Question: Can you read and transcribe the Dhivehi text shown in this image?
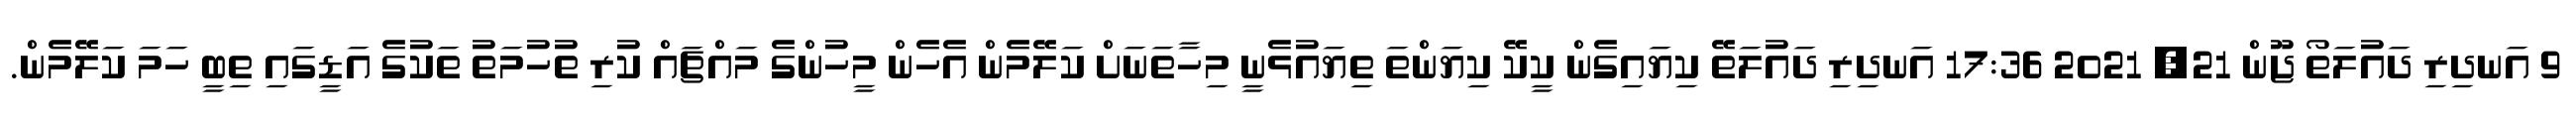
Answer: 9 އަނދިރި ދައުލަތޯ ޖޫން 21, 2021 17:36 އަނދިރި ދައުލަތޭ ކިޔައިގެން ކީކޭ ކިޔަންތަ ތިޔައުޅެނީ މިހާތަނަށް ކަލޭމެން އެހެން މީހުންގެ މައްޗައް ކުރި ތުހުމަތު ތަކުގެ އަޑީގައި ތިބީ ހަމަ ކަލޭމެން.